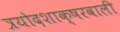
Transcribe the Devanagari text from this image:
त्रयोदशाक्षरवाली